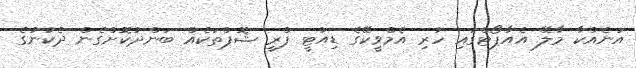
އަނެއްކާ މާލޭ އެއާޕޯޓްގައި ހުރި އެމްވީކޭގެ ޑިއުޓީ ފްރީ ޝޮޕްތަކެއް ބަންދުކޮށްގެން ދެކުނުގެ